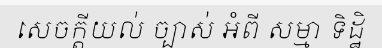
សេចក្តីយល់ ច្បាស់ អំពី សម្មា ទិដ្ឋិ